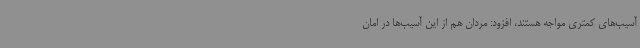
آسیب‌های کمتری مواجه هستند، افزود: مردان هم از این آسیب‌ها در امان